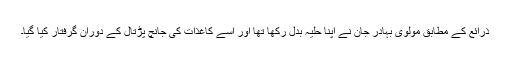
ذرائع کے مطابق مولوی بہادر جان نے اپنا حلیہ بدل رکھا تھا اور اسے کاغذات کی جانچ پڑتال کے دوران گرفتار کیا گیا۔